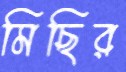
মিছির